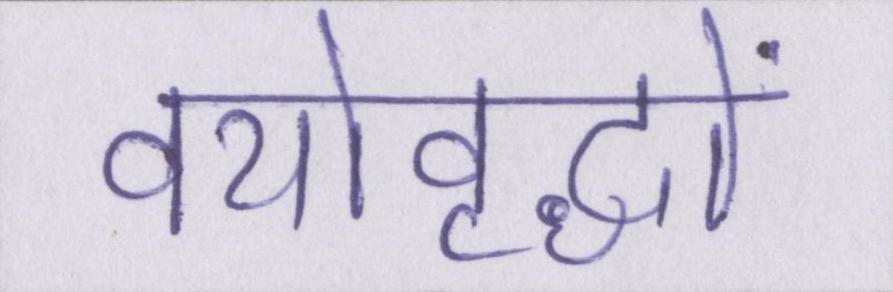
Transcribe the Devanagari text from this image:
वयोवृद्धों